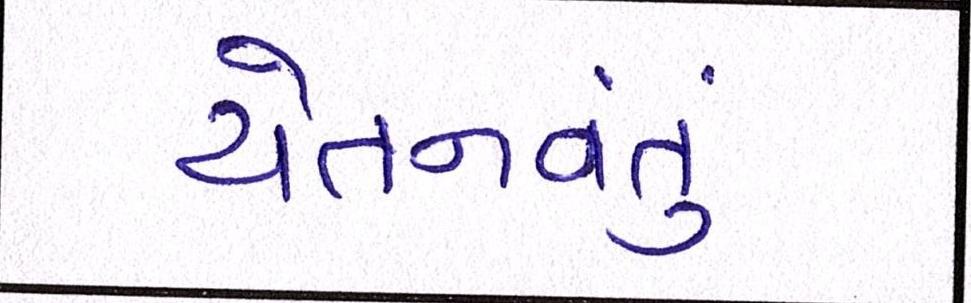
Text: ચેતનવંતું